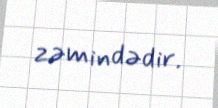
zəmindədir.